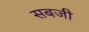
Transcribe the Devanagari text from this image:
सबजी